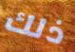
ذلك